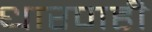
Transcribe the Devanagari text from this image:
धारणही